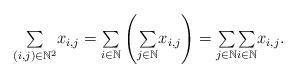
LaTeX: \begin{align*}{\textstyle\sum\limits_{\left( i,j\right) \in\mathbb{N}^{2}}}x_{i,j}={\textstyle\sum\limits_{i\in\mathbb{N}}}\left({\textstyle\sum\limits_{j\in\mathbb{N}}}x_{i,j}\right) ={\textstyle\sum\limits_{j\in\mathbb{N}}}{\textstyle\sum\limits_{i\in\mathbb{N}}}x_{i,j}. \end{align*}